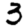
Digit: 3